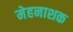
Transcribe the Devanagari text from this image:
मेहनाशक